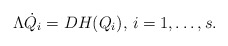
\begin{align*}\Lambda \dot Q_i = DH(Q_i), \, i=1,\ldots,s.\end{align*}